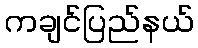
ကချင်ပြည်နယ်